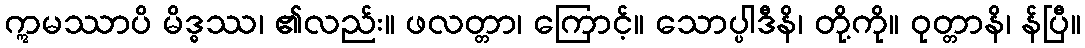
ဣမဿာပိ မိဒ္ဓဿ၊ ၏လည်း။ ဖလတ္တာ၊ ကြောင့်။ သောပ္ပါဒီနိ၊ တို့ကို။ ဝုတ္တာနိ၊ န်ပြီ။